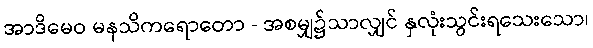
အာဒိမေဝ မနသိကရောတော - အစမျှ၌သာလျှင် နှလုံးသွင်းရသေးသော၊